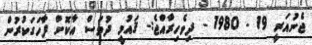
ޖެނުއަރީ 19 - 1980 - ދިވެހިރާއްޖެ:- ޤައުމީ ދުވަސް އާކޮށް ފާހަގަކުރުން